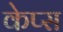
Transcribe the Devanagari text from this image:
केप्स